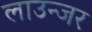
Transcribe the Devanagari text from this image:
लाउन्जर